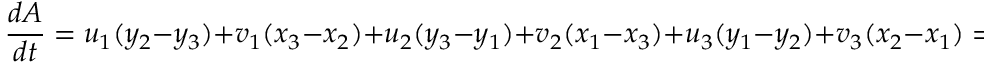
\frac { d A } { d t } = u _ { 1 } ( y _ { 2 } - y _ { 3 } ) + v _ { 1 } ( x _ { 3 } - x _ { 2 } ) + u _ { 2 } ( y _ { 3 } - y _ { 1 } ) + v _ { 2 } ( x _ { 1 } - x _ { 3 } ) + u _ { 3 } ( y _ { 1 } - y _ { 2 } ) + v _ { 3 } ( x _ { 2 } - x _ { 1 } ) = 0